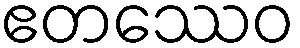
ဧတဿေဝ